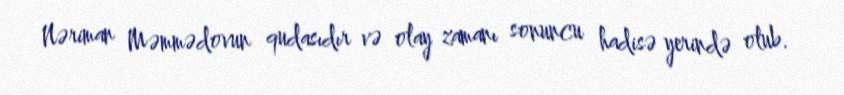
Nəriman Məmmədovun qudasıdır və olay zamanı sonuncu hadisə yerində olub.